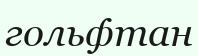
гольфтан